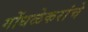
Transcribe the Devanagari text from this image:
गोंधळेकरांचे